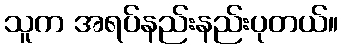
သူက အရပ်နည်းနည်းပုတယ်။